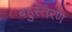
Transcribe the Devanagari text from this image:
बहुस्तरण